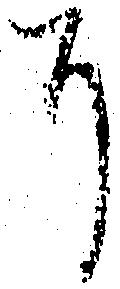
に